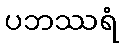
ပဘဿရံ